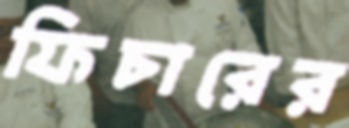
ফিচারের